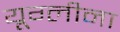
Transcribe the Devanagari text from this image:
यूग्लीना